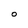
Character: O